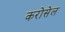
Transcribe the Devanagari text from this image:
करोसेल